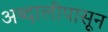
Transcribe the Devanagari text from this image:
अब्दालीपासून